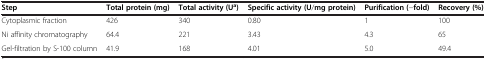
<table><thead><tr><td><b>Step</b></td><td><b>Total protein (mg)</b></td><td><b>Total activity (U<sup>a</sup>)</b></td><td><b>Specific activity (U/mg protein)</b></td><td><b>Purification (-fold)</b></td><td><b>Recovery (%)</b></td></tr></thead><tbody><tr><td>Cytoplasmic fraction</td><td>426</td><td>340</td><td>0.80</td><td>1</td><td>100</td></tr><tr><td>Ni affinity chromatography</td><td>64.4</td><td>221</td><td>3.43</td><td>4.3</td><td>65</td></tr><tr><td>Gel-filtration by S-100 column</td><td>41.9</td><td>168</td><td>4.01</td><td>5.0</td><td>49.4</td></tr></tbody></table>